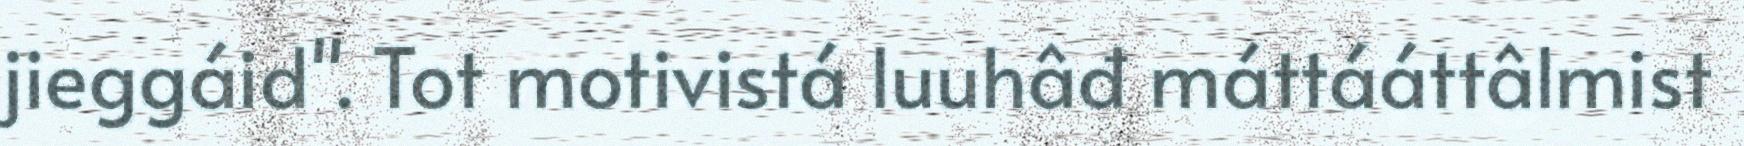
jieggáid". Tot motivistá luuhâđ máttááttâlmist